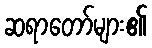
ဆရာတော်များ၏